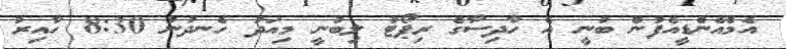
އެމްއެންޑީއެފުން ބުނީ އެ ހާދިސާގެ ރިޕޯޓު ލިބުނީ މިއަދު ހެނދުނު 8:30 ހާއިރު